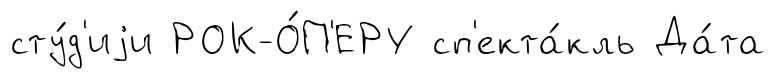
сту́д'иjи РОК-О́П'ЕРУ сп'екта́кль Да́та